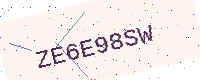
Text: ZE6E98SW